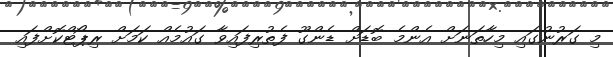
މި ގަރުނުގައި މިހާތަނަށް އެންމެ ބޮޑަށް ޑެންގޫ ފެތުރިފައިވާ ގައުމެއް ކަމަށް ރިޕޯޓްކޮށްފައި